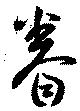
眷